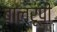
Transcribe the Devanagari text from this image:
बालरूपी